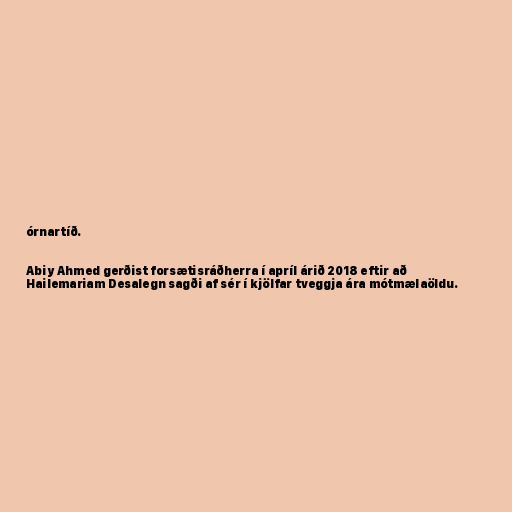
órnartíð.

Abiy Ahmed gerðist forsætisráðherra í apríl árið 2018 eftir að
Hailemariam Desalegn sagði af sér í kjölfar tveggja ára mótmælaöldu.